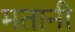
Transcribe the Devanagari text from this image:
मतानी